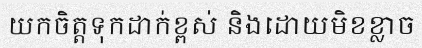
យកចិត្តទុកដាក់ខ្ពស់ និងដោយមិខខ្លាច